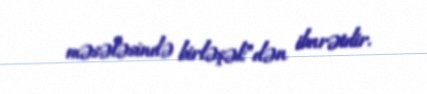
məsələsində birləşək”dən ibarətdir.